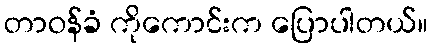
တာဝန်ခံ ကိုကောင်းက ပြောပါတယ်။